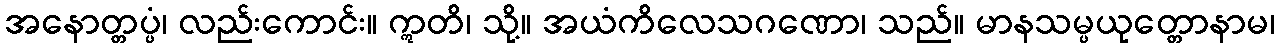
အနောတ္တပ္ပံ၊ လည်းကောင်း။ ဣတိ၊ သို့။ အယံကိလေသဂဏော၊ သည်။ မာနသမ္ပယုတ္တောနာမ၊